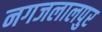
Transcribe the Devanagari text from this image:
नगजलालपुर